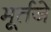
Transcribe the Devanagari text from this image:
मूर्तजे